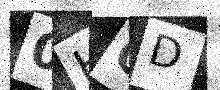
Text: 0HCD